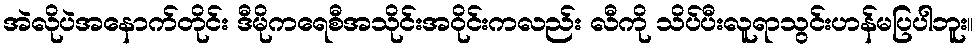
အဲလိုပဲအနောက်တိုင်း ဒီမိုကရေစီအသိုင်းအဝိုင်းကလည်း လီကို သိပ်ပီးလူရာသွင်းဟန်မပြပါဘူး။